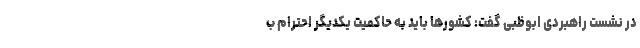
در نشست راهبردی ابوظبی گفت: کشورها باید به حاکمیت یکدیگر احترام ب